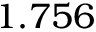
1 . 7 5 6